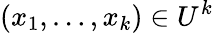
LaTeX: (x_{1},\dots,x_{k})\in U^{k}